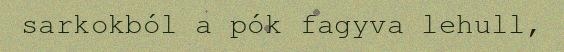
sarkokból a pók fagyva lehull,